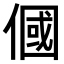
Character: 𬿓